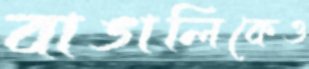
বাঙালিকেও